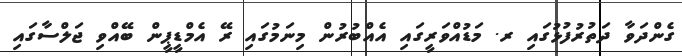
ގެންދަވާ ދަތުރުފުޅުގައި ރ. މަޑުއްވަރީގައި އެއްބުރުން މިނަމުގައި ރޭ އެމްޑީޕީން ބޭއްވި ޖަލްސާގައި